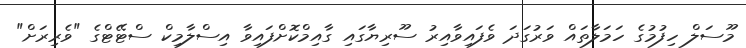
މޫސަލް ހިފުމުގެ ހަމަލާތައް ވަރުގަދަ ވެފައިވާއިރު ސޫރިޔާގައި ގާއިމްކޮށްފައިވާ އިސްލާމިކް ސްޓޭޓްގެ "ވެރިރަށް"